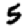
Digit: 5